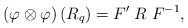
\begin{align*}\left(\varphi\otimes\varphi\right) \left(R_{q}\right) = F' \; R \; F^{-1},\end{align*}